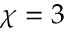
\chi = 3